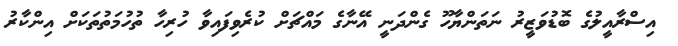
އިސްރާއީލުގެ ބޮޑުވަޒީރު ނަތަންޔާހޫ ގެންދަނީ އޭނާގެ މައްޗަށް ކުރެވިފައިވާ ހުރިހާ ތުހުމަތުތަކަށް އިންކާރު